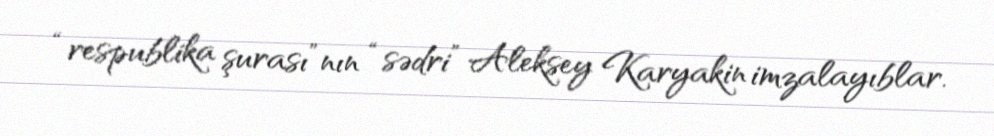
“respublika şurası”nın “sədri” Aleksey Karyakin imzalayıblar.